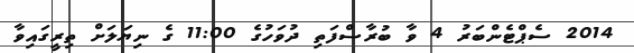
2014 ސެޕްޓެންބަރު 4 ވާ ބުރާސްފަތި ދުވަހުގެ 11:00 ގެ ނިޔަލަށް ތިރީގައިވާ